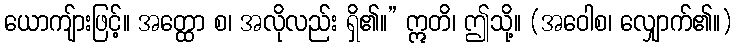
ယောကျ်ားဖြင့်။ အတ္ထော စ၊ အလိုလည်း ရှိ၏။” ဣတိ၊ ဤသို့။ (အဝေါစ၊ လျှောက်၏။)